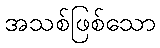
အသစ်ဖြစ်သော